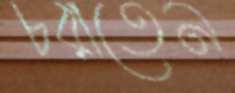
চরাতেন